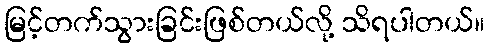
မြင့်တက်သွားခြင်းဖြစ်တယ်လို့ သိရပါတယ်။